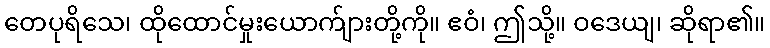
တေပုရိသေ၊ ထိုထောင်မှုးယောက်ျားတို့ကို။ ဧဝံ၊ ဤသို့။ ဝဒေယျ၊ ဆိုရာ၏။